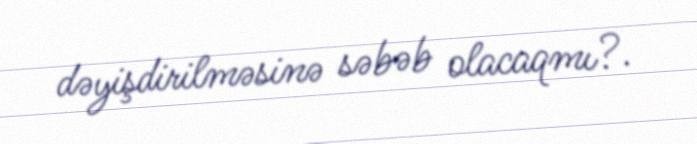
dəyişdirilməsinə səbəb olacaqmı?.